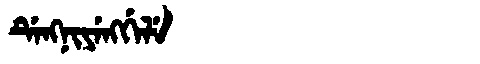
Manchu: ᡩᡝᠩᠨᡳᠶᡝᠩᡤᡝᠯᡝ
Romanization: DENGNIYENGGELE